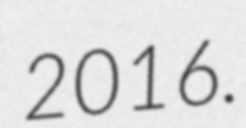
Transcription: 2016.